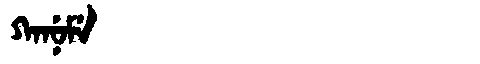
Manchu: ᡴᠠᠨᡠᠮᡝ
Romanization: KANUME